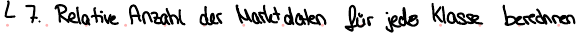
7. Relative Anzahl der Marktdaten für jede Klasse berechnen